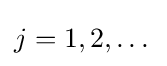
j=1,2,\dots